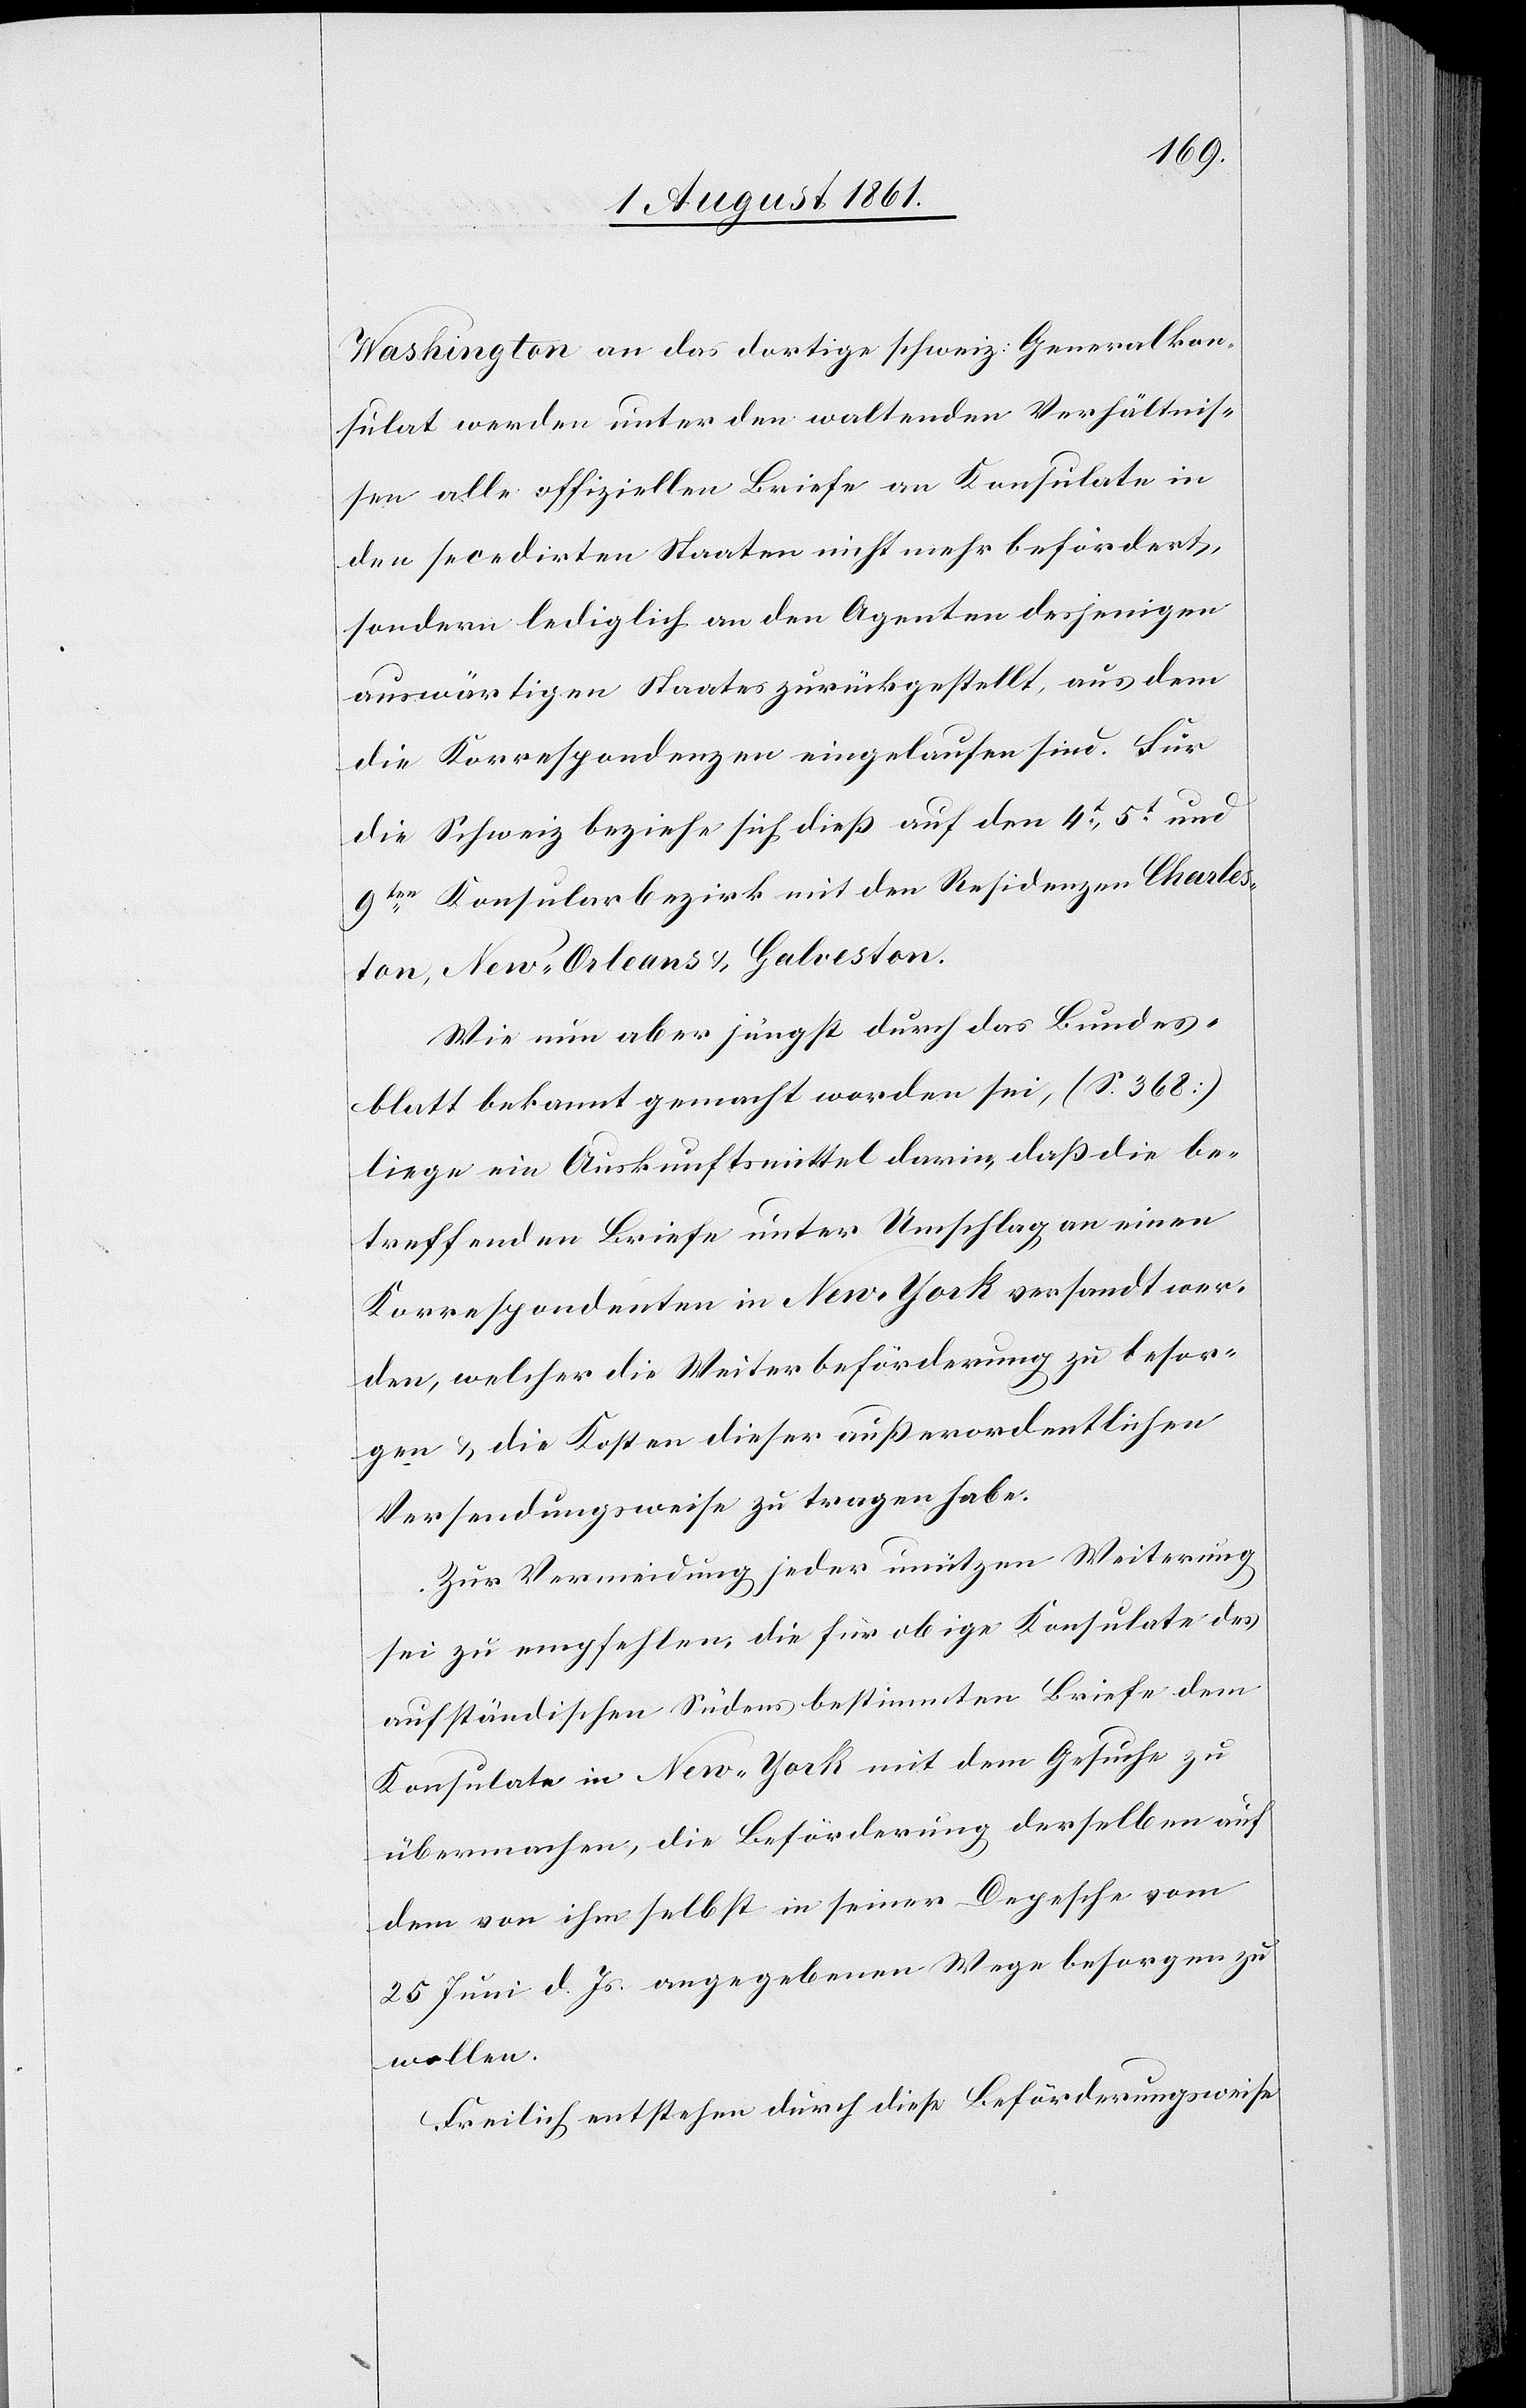
Washington an das dortige schweiz. Generalkon¬
sulat werden unter den waltenden Verhältnis¬
sen alle offiziellen Briefe an Konsulate in
den secedirten Staaten nicht mehr befördert,
sondern lediglich an den Agenten desjenigen
auswärtigen Staates zurückgestellt, aus dem
die Korrespondenzen eingelaufen sind. Für
die Schweiz beziehe sich dieß auf den 4t., 5t und
9ten Konsularbezirk mit den Residenzen Charle¬
ston, New-Orleans u. Galveston.
Wie nun aber jüngst durch das Bundes¬
blatt bekannt gemacht worden sei, (S. 368)
liege ein Auskunftsmittel darin, daß die be¬
treffenden Briefe unter Umschlag an einen
Korrespondenten in New-York versandt wer¬
den, welcher die Weiterbeförderung zu besor¬
gen, u. die Kosten dieser außerordentlichen
Versendungsweise zu tragen habe.
Zur Vermeidung jeder un[n]ützen Weiterung
sei zu empfehlen, die für obige Konsulate des
aufständischen Südens bestimmten Briefe dem
Konsulate in New-York mit dem Gesuche zu
übermachen, die Beförderung derselben auf
dem von ihm selbst in seiner Depesche vom
25 Juni d. Js. angegebenen Wege besorgen zu
wollen.
Freilich entstehen durch diese Beförderungsweise